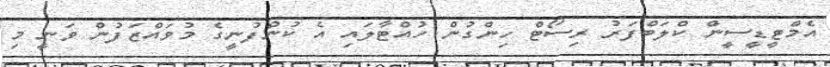
އެމްޓީޑީސީން ކްލަބްފަރު ރިސޯޓް ހިންގުން ހުއްޓާލައި އެ ކުންފުނީގެ މުވައްޒަފުން ވަނީ މި